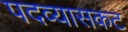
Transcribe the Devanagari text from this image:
पदव्यासकट